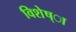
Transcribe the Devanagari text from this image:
विशेष्ा